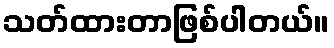
သတ်ထားတာဖြစ်ပါတယ်။